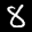
Label: 8